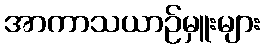
အာကာသယာဉ်မှူးများ